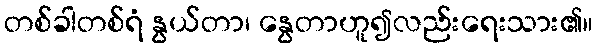
တစ်ခါတစ်ရံ နွယ်တာ၊ နွေတာဟူ၍လည်းရေးသား၏။